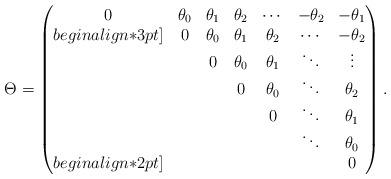
LaTeX: \begin{align*}\Theta =\begin{pmatrix}0 &\theta_0 &\theta_1 &\theta_2 &\cdots &-\theta_{2} & -\theta_{1}\\begin{align*}3pt]& 0 &\theta_0 &\theta_1 &\theta_2 &\cdots &-\theta_{2}\\& & 0 &\theta_0 &\theta_1 &\ddots &\vdots\\ & & & 0 &\theta_0 &\ddots &\theta_2\\& & & &0 &\ddots &\theta_1\\& & & & &\ddots &\theta_0 \\begin{align*}2pt]& & & & & &0\end{pmatrix}. \end{align*}